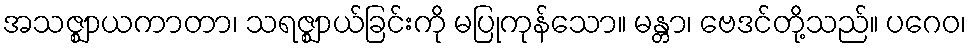
အသဇ္ဈာယကာတာ၊ သရဇ္ဈာယ်ခြင်းကို မပြုကုန်သော။ မန္တာ၊ ဗေဒင်တို့သည်။ ပဂေဝ၊